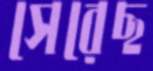
সেরেছ